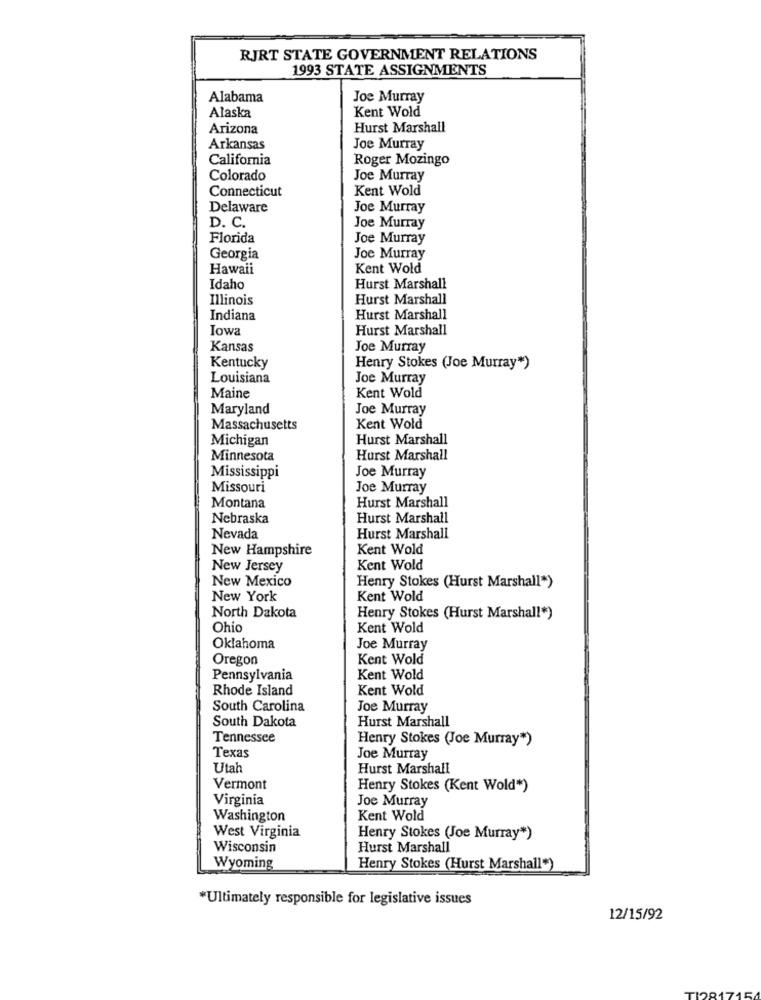
RJRT STATE GOVERNMENT RELATIONS
1993 STATE ASSIGNMENTS
Alabama
Joe Murray
Kent Wold
Alaska
Arizona
Hurst Marshall
Arkansas
Joe Murray
California
Roger Mozingo
Colorado
Joe Murray
Connecticut
Kent Wold
Delaware
Joe Murray
D. C.
Joe Murray
Florida
Joe Murray
Georgia
Joe Murray
Hawaii
Kent Wold
Idaho
Hurst Marshall
Illinois
Hurst Marshall
Indiana
Hurst Marshall
Iowa
Hurst Marshall
Kansas
Joe Murray
Kentucky
Henry Stokes (Joe Murray")
Louisiana
Joe Murray
Maine
Kent Wold
Maryland
Joe Murray
Massachusetts
Kent Wold
Michigan
Hurst Marshall
Minnesota
Hurst Marshall
Mississippi
Joe Murray
Missouri
Joe Murray
Montana
Hurst Marshall
Nebraska
Hurst Marshall
Nevada
Hurst Marshall
New Hampshire
Kent Wold
New Jersey
Kent Wold
New Mexico
Henry Stokes (Hurst Marshall")
New York
Kent Wold
North Dakota
Henry Stokes (Hurst Marshall*)
Ohio
Kent Wold
Oklahoma
Joe Murray
Oregon
Kent Wold
Pennsylvania
Kent Wold
Rhode Island
Kent Wold
South Carolina
Joe Murray
South Dakota
Hurst Marshall
Tennessee
Henry Stokes (Joe Murray")
Texas
Joe Murray
Utal
Hurst Marshall
Vermont
Henry Stokes (Kent Wold*)
Virginia
Joe Murray
Washington
Kent Wold
West Virginia
Henry Stokes (Joe Murray")
Wisconsin
Hurst Marshall
Wyoming
Henry Stokes (Hurst Marshall")
*Ultimately responsible for legislative issues
12/15/92